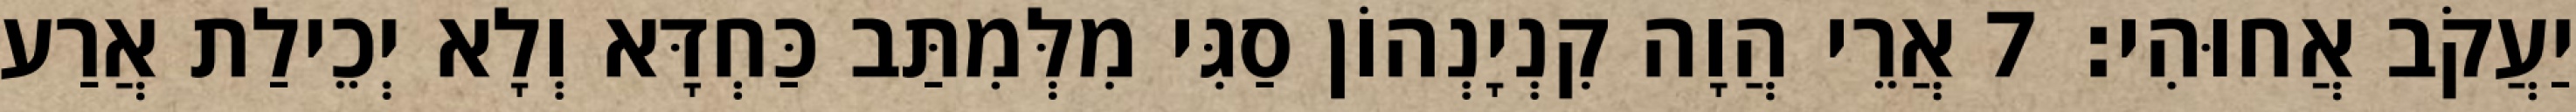
יַעֲקֹב אֲחוּהִי׃ 7 אֲרֵי הֲוָה קִנְיָנְהוֹן סַגִּי מִלְּמִתַּב כַּחְדָּא וְלָא יְכֵילַת אֲרַע